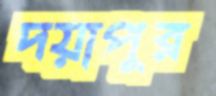
দয়াপুর